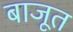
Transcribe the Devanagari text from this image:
बाजूत